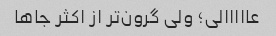
عااااالی؛ ولی گرون‌تر از اکثر جاها